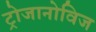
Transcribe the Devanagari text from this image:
ट्रोजानोविज